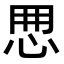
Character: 𢘼